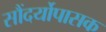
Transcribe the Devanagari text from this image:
सौंदर्योपासक